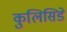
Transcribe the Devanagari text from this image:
कुलिसिडे